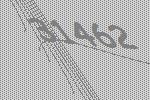
31462